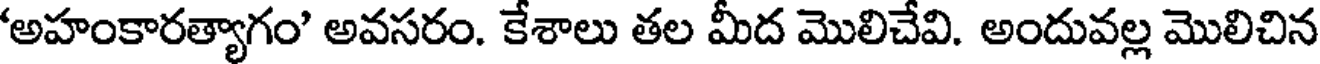
'అహంకారత్యాగం' అవసరం. కేశాలు తల మీద మొలిచేవి. అందువల్ల మొలిచిన